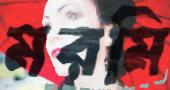
মরমি